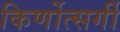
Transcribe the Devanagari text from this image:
किर्णोत्सर्गी